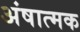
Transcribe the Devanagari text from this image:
अंषात्मक